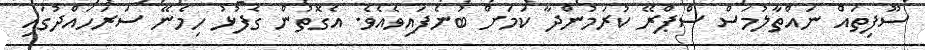
ސޫފިތައް ނައްތާލުމަސް ސްޕްރޭ ކުރަމުންދާ ކަމަށް ބުނެފައިވެއެވެ. އެގޮތުން ގެފުޅު ހިމެނޭ ސަރަހައްދުގައި